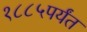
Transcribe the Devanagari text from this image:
१८८५पर्यंत